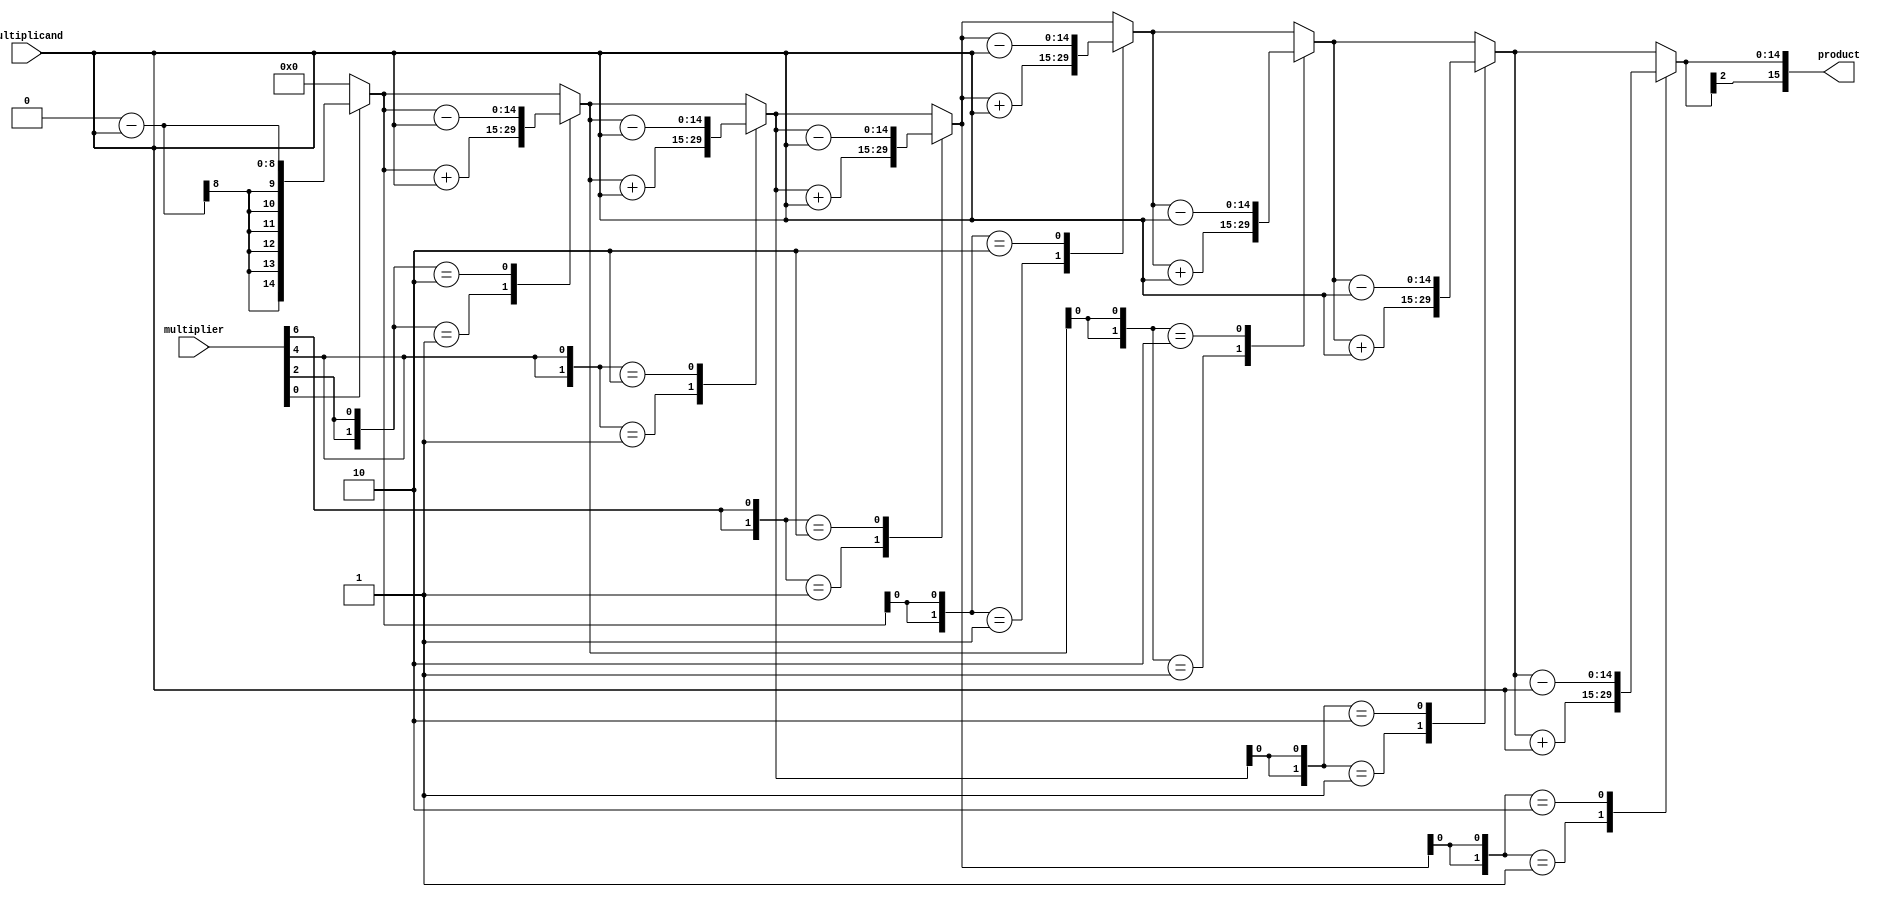
module BoothMultiplier #(
    parameter WIDTH = 8  // Width of the input operands
)(
    input signed [WIDTH-1:0] multiplicand,  // M
    input signed [WIDTH-1:0] multiplier,     // Q
    output reg signed [(2*WIDTH)-1:0] product // P
);

    reg signed [WIDTH-1:0] M; // Multiplicand Register
    reg signed [WIDTH-1:0] Q; // Multiplier Register
    reg signed [(2*WIDTH)-1:0] P; // Product Register
    reg Q_1; // Previous LSB of Q
    integer i; // Loop counter

    always @(*) begin
        // Initialize registers
        M = multiplicand;
        Q = multiplier;
        P = 0;
        Q_1 = 0;

        // Booth's multiplication
        for (i = 0; i < WIDTH; i = i + 1) begin
            case ({Q[0], Q_1})
                2'b01: P = P + M;             // Add M to P if Q0=1 and Q-1=0
                2'b10: P = P - M;             // Subtract M from P if Q0=0 and Q-1=1
                default: ;                    // No operation
            endcase

            // Arithmetic right shift
            {P[(2*WIDTH)-1], Q, Q_1} = {P[(2*WIDTH)-1], P[(2*WIDTH)-2:0], Q} >> 1;

            // Update Q_1
            Q_1 = Q[0];
        end
        
        product = P; // Output the final product
    end

endmodule